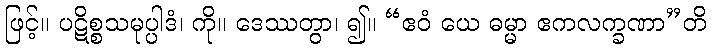
ဖြင့်။ ပဋိစ္စသမုပ္ပါဒံ၊ ကို။ ဒေဿတွာ၊ ၍။ “ဧဝံ ယေ ဓမ္မာ ဧကလက္ခဏာ”တိ